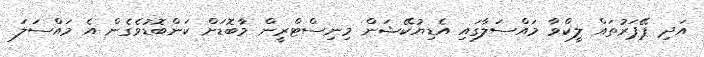
އަދި ޕޭޕަރުތައް ލީކްވާ މައްސަލާގައި އެޑިޔުކޭޝަން މިނިސްޓްރީން މާބޮޑަށް ކަންބޮޑުވެގެން އެ މައްސަލަ